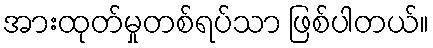
အားထုတ်မှုတစ်ရပ်သာ ဖြစ်ပါတယ်။